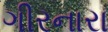
ગીરનારા